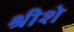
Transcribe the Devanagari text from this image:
श्रीशे